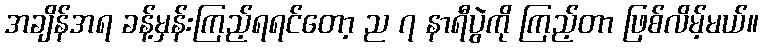
အချိန်အရ ခန့်မှန်းကြည့်ရရင်တော့ ည ၇ နာရီပွဲကို ကြည့်တာ ဖြစ်လိမ့်မယ်။